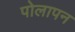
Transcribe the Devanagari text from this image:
पोलापन